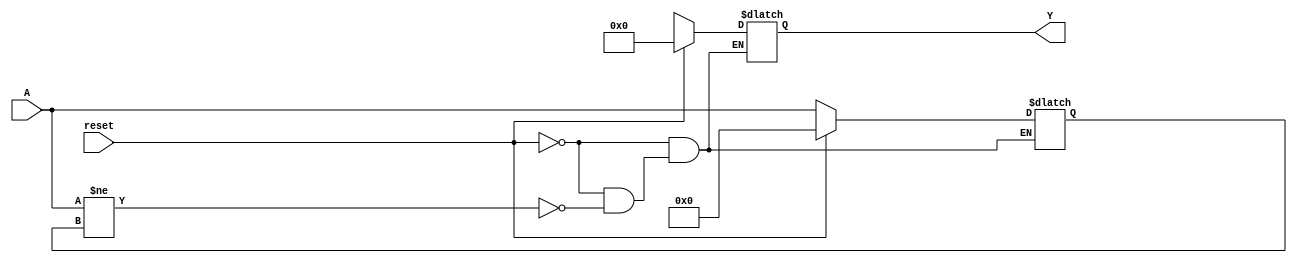
module relative_encoder #(
    parameter N = 4, // Number of bits for binary input (A)
    parameter M = 8   // Number of bits for BCD output (Y)
)(
    input wire [N-1:0] A,       // n-bit binary input
    input wire reset,            // Reset signal
    output reg [M-1:0] Y        // m-bit BCD output
);

    reg [N-1:0] previous_state; // Register to hold the previous state

    // BCD encoding logic
    function [M-1:0] encode_to_bcd;
        input [N-1:0] diff;
        integer i;
        reg [3:0] bcd_digit [0:3]; // Assuming max 4 digits for BCD
        reg [7:0] temp;
        begin
            temp = diff; // Start with the difference
            for (i = 0; i < 4; i = i + 1) begin
                if (bcd_digit[i] >= 5) begin
                    bcd_digit[i] = bcd_digit[i] + 3;
                end
            end
            encode_to_bcd = {bcd_digit[3], bcd_digit[2], bcd_digit[1], bcd_digit[0]};
        end
    endfunction

    always @(*) begin
        if (reset) begin
            Y = 0; // Reset output
            previous_state = 0; // Reset previous state
        end else begin
            if (A != previous_state) begin
                // Calculate the difference
                previous_state = A; // Update previous state
                // Compute the difference
                Y = encode_to_bcd(A - previous_state); // Encode the difference to BCD
            end
        end
    end

endmodule